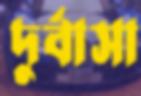
দুর্বাসা